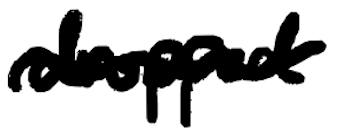
Text: dropped
Cross-out: wave
Writing tool: digital_black